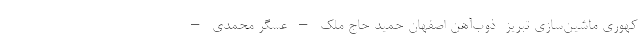
کهوری ماشین‌سازی تبریز- ذوب‌آهن اصفهان حمید حاج ملک – عسگر محمدی –